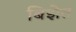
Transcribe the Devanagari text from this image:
बिझेत